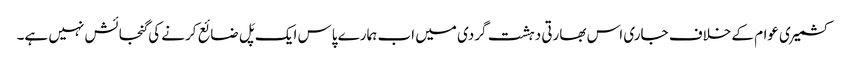
کشمیری عوام کے خلاف جاری اس بھارتی دہشت گردی میں اب ہمارے پاس ایک پَل ضائع کرنے کی گنجائش نہیں ہے۔